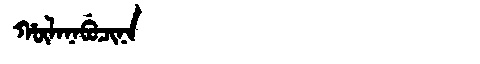
Manchu: ᡥᡡᠯᠠᠨᠠᠪᡠᠴᡳᠨᠠ
Romanization: HŪLANABUCINA